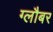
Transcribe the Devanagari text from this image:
ग्लौबर